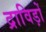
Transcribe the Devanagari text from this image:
द्राविड़ों